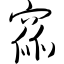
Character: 窳